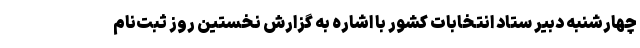
چهارشنبه دبیر ستاد انتخابات کشور با اشاره به گزارش نخستین روز ثبت‌نام